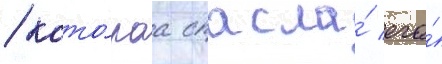
/ кото́раа спасла́ его́